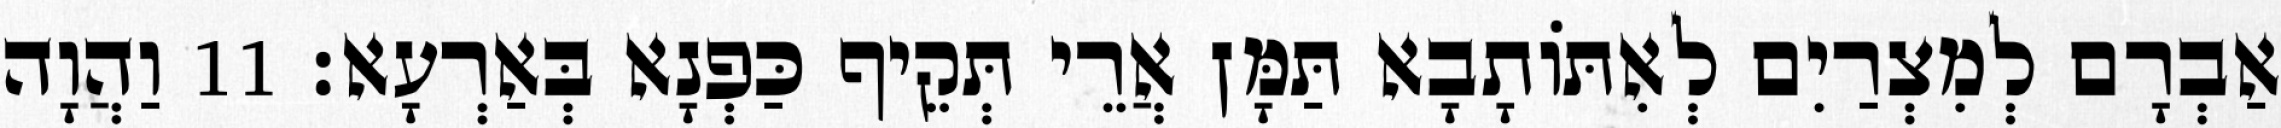
אַבְרָם לְמִצְרַיִם לְאִתּוֹתָבָא תַּמָּן אֲרֵי תְּקֵיף כַּפְנָא בְּאַרְעָא׃ 11 וַהֲוָה